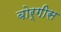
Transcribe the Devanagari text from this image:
बोर्गीस